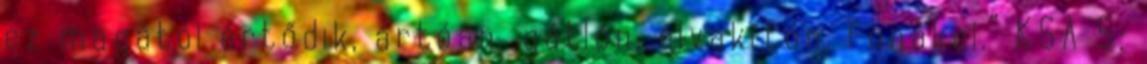
ez magától értődik, ártóan, gátlón, elvakítón, fonákul.” KSA 5: